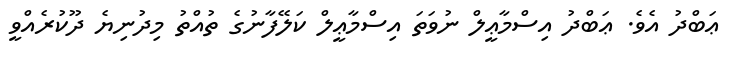
ޢަބްދު އެވެ. ޢަބްދު އިސްމާޢީލް ނުވަތަ އިސްމާޢީލް ކަލޭފާނުގެ ތުއްތު މިދުނިޔެ ދޫކުރެއްވީ